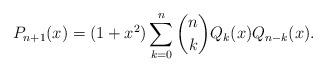
LaTeX: \begin{align*} P_{n+1}(x) = (1+x^2) \sum_{k=0}^n {n \choose k} Q_k(x) Q_{n-k}(x).\end{align*}